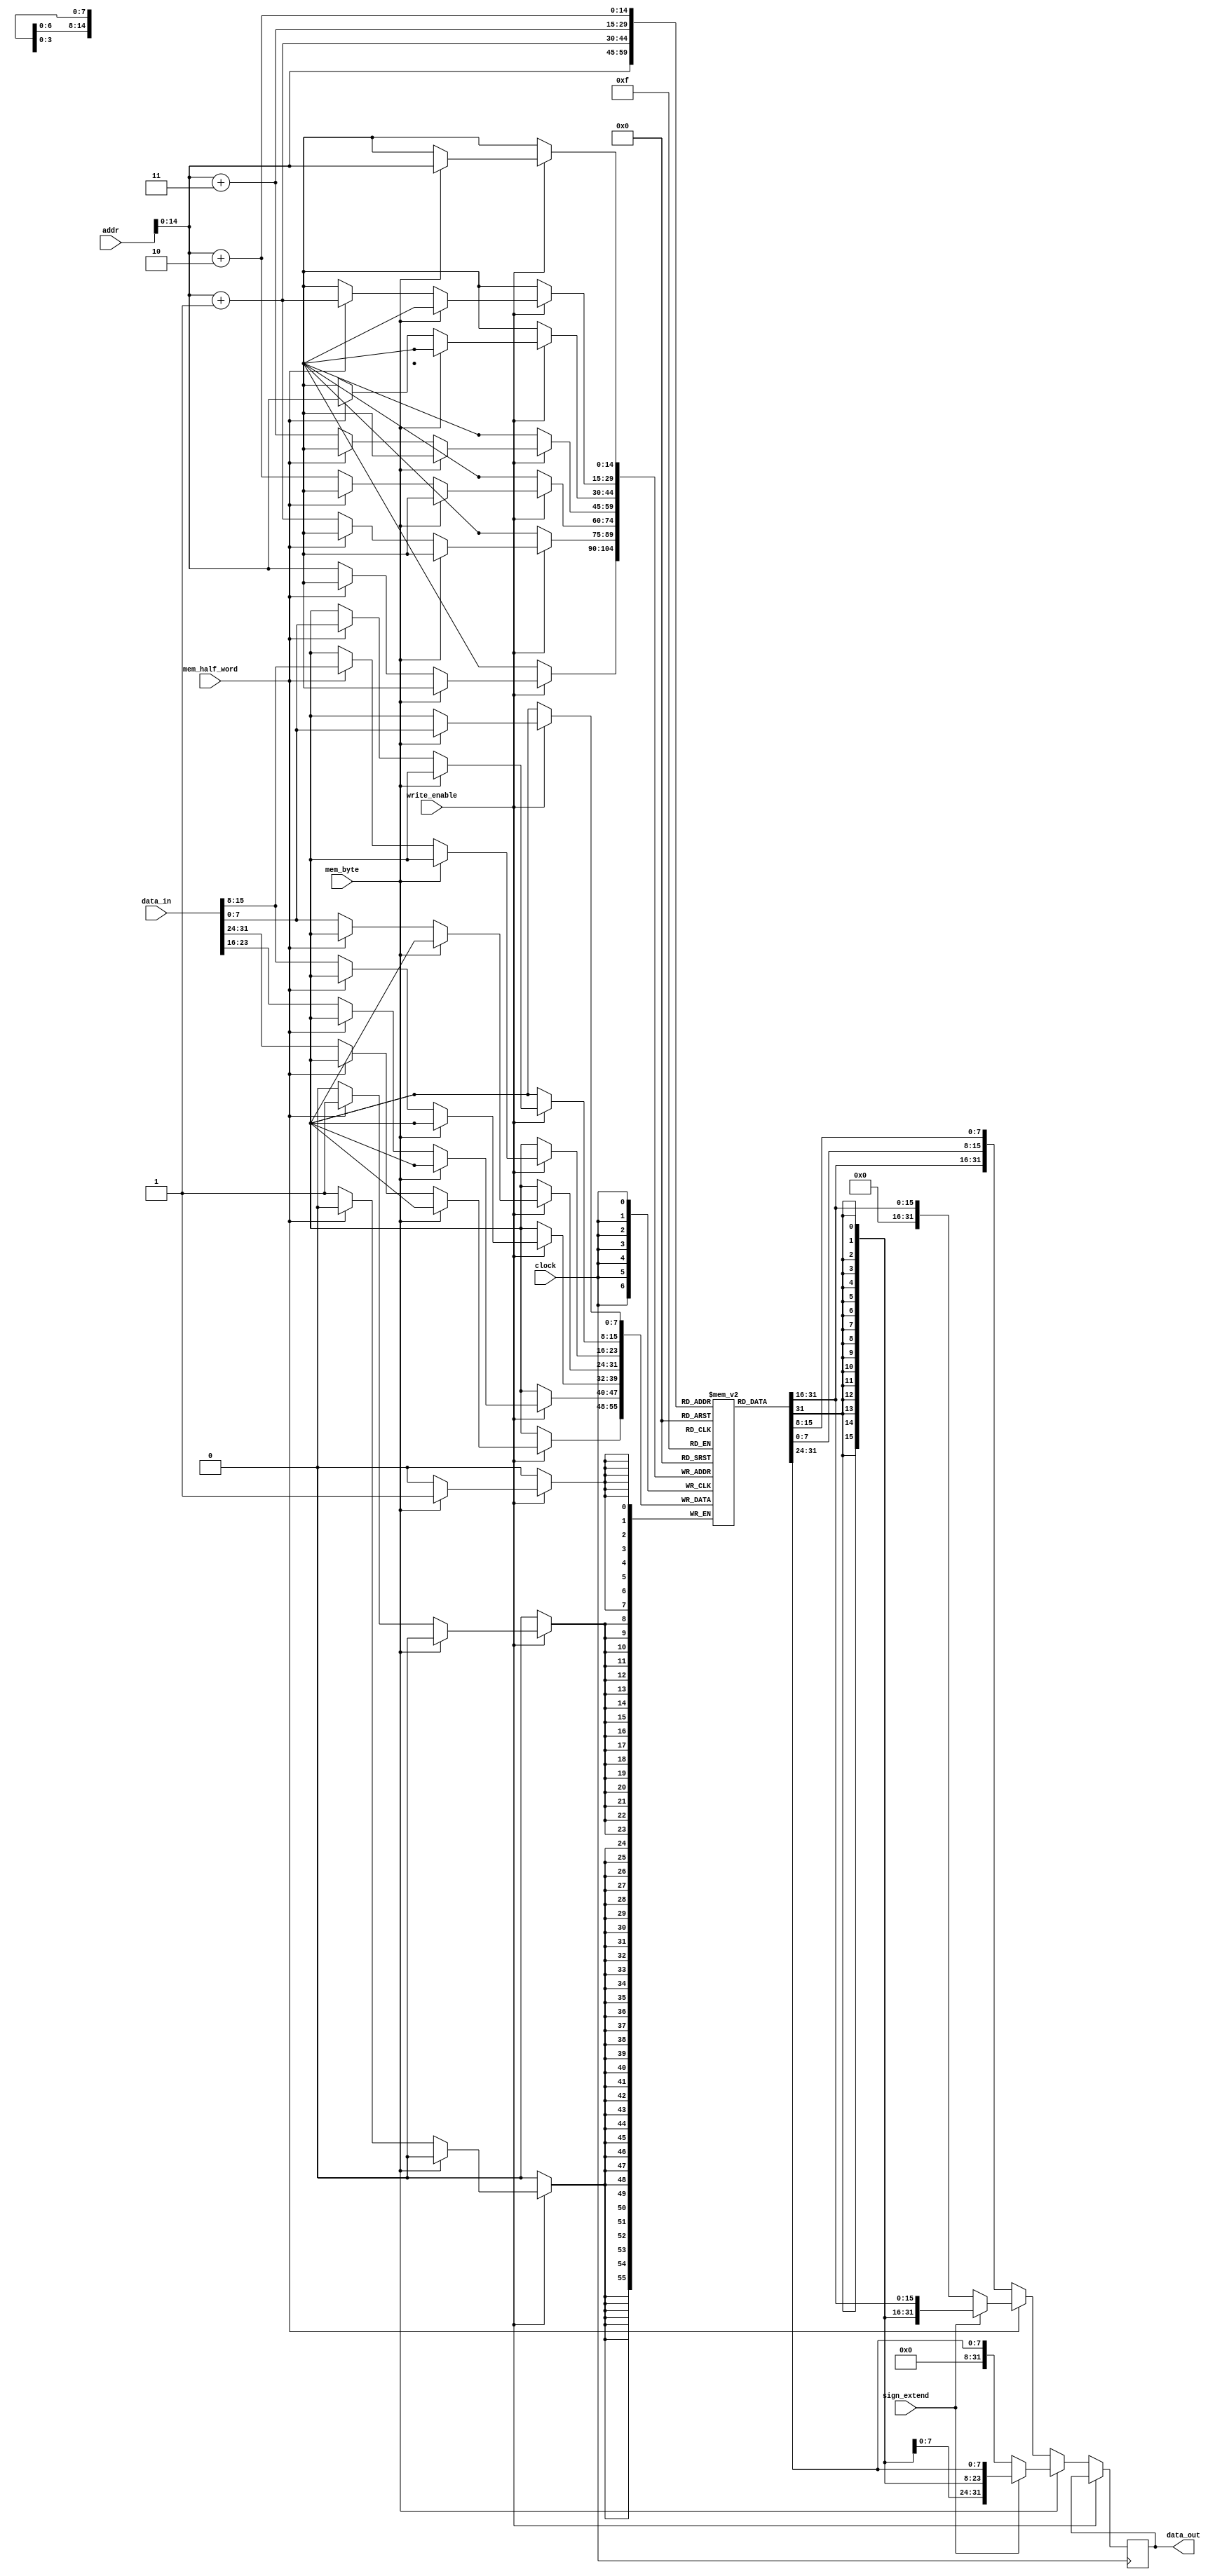
module dmem(
	input [0:31] addr,
	input [0:31] data_in,
	input clock,
	input write_enable,
	input mem_byte,
	input mem_half_word,
    input sign_extend,

	output reg [0:31] data_out);

	parameter SIZE=32768;
	reg [0:7] mem[0:(SIZE-1)];

	always @ (negedge clock) begin
		//Write
		if (write_enable) begin
			if(mem_byte)
				mem[addr] <= data_in[24:31];
			else if(mem_half_word)
				{mem[addr], mem[addr+1]} <= data_in[16:31];
			else
				{mem[addr], mem[addr+1], mem[addr+2], mem[addr+3]} <= data_in[0:31];
		end
		//Read
		else begin
			if(mem_byte) begin
				if(sign_extend)
					data_out <= $signed(mem[addr]);
				else
					data_out <= $unsigned(mem[addr]);
			end

			else if(mem_half_word) begin
				if(sign_extend)
					data_out <= $signed({mem[addr], mem[addr+1]});
				else
					data_out <= $unsigned({mem[addr], mem[addr+1]});
			end

			else
				data_out <= {mem[addr], mem[addr+1], mem[addr+2], mem[addr+3]};
		end
	end

endmodule // dmem